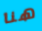
هنا